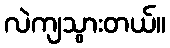
လဲကျသွားတယ်။